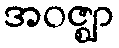
အဝဇ္ဈာ